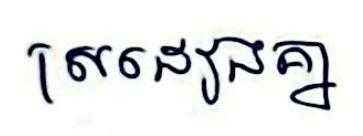
ស្រដៀងគ្នា